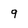
Character: 9